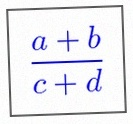
\frac{a+b}{c+d}